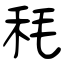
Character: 秏